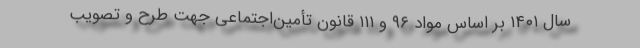
سال ۱۴۰۱ بر اساس مواد ۹۶ و ۱۱۱ قانون تأمین‌اجتماعی جهت طرح و تصویب